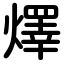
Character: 燡